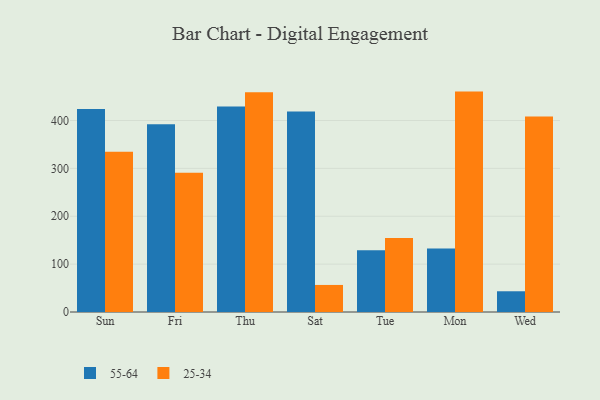
{"axis": {"x": "Day", "y": "Temperature (°C)"}, "legend": ["25-34", "55-64"], "data": [{"x": "Sun", "y": 423.8, "type": "55-64"}, {"x": "Sun", "y": 334.9, "type": "25-34"}, {"x": "Fri", "y": 392.0, "type": "55-64"}, {"x": "Fri", "y": 290.7, "type": "25-34"}, {"x": "Thu", "y": 429.2, "type": "55-64"}, {"x": "Thu", "y": 459.1, "type": "25-34"}, {"x": "Sat", "y": 418.9, "type": "55-64"}, {"x": "Sat", "y": 56.5, "type": "25-34"}, {"x": "Tue", "y": 128.9, "type": "55-64"}, {"x": "Tue", "y": 154.6, "type": "25-34"}, {"x": "Mon", "y": 132.9, "type": "55-64"}, {"x": "Mon", "y": 460.4, "type": "25-34"}, {"x": "Wed", "y": 43.3, "type": "55-64"}, {"x": "Wed", "y": 408.5, "type": "25-34"}]}